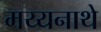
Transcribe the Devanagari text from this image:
मय्यनाथे